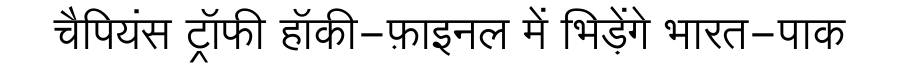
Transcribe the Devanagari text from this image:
चैपियंस ट्रॉफी हॉकी-फ़ाइनल में भिड़ेंगे भारत-पाक